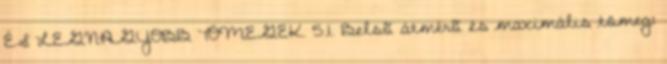
ÉS LEGNAGYOBB TÖMEGEK. 5.1. Belsõ átmérõ és maximális tömeg: